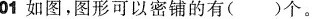
01如图，图形可以密铺的有()个。